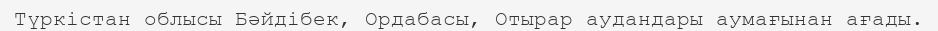
Түркістан облысы Бәйдібек, Ордабасы, Отырар аудандары аумағынан ағады.